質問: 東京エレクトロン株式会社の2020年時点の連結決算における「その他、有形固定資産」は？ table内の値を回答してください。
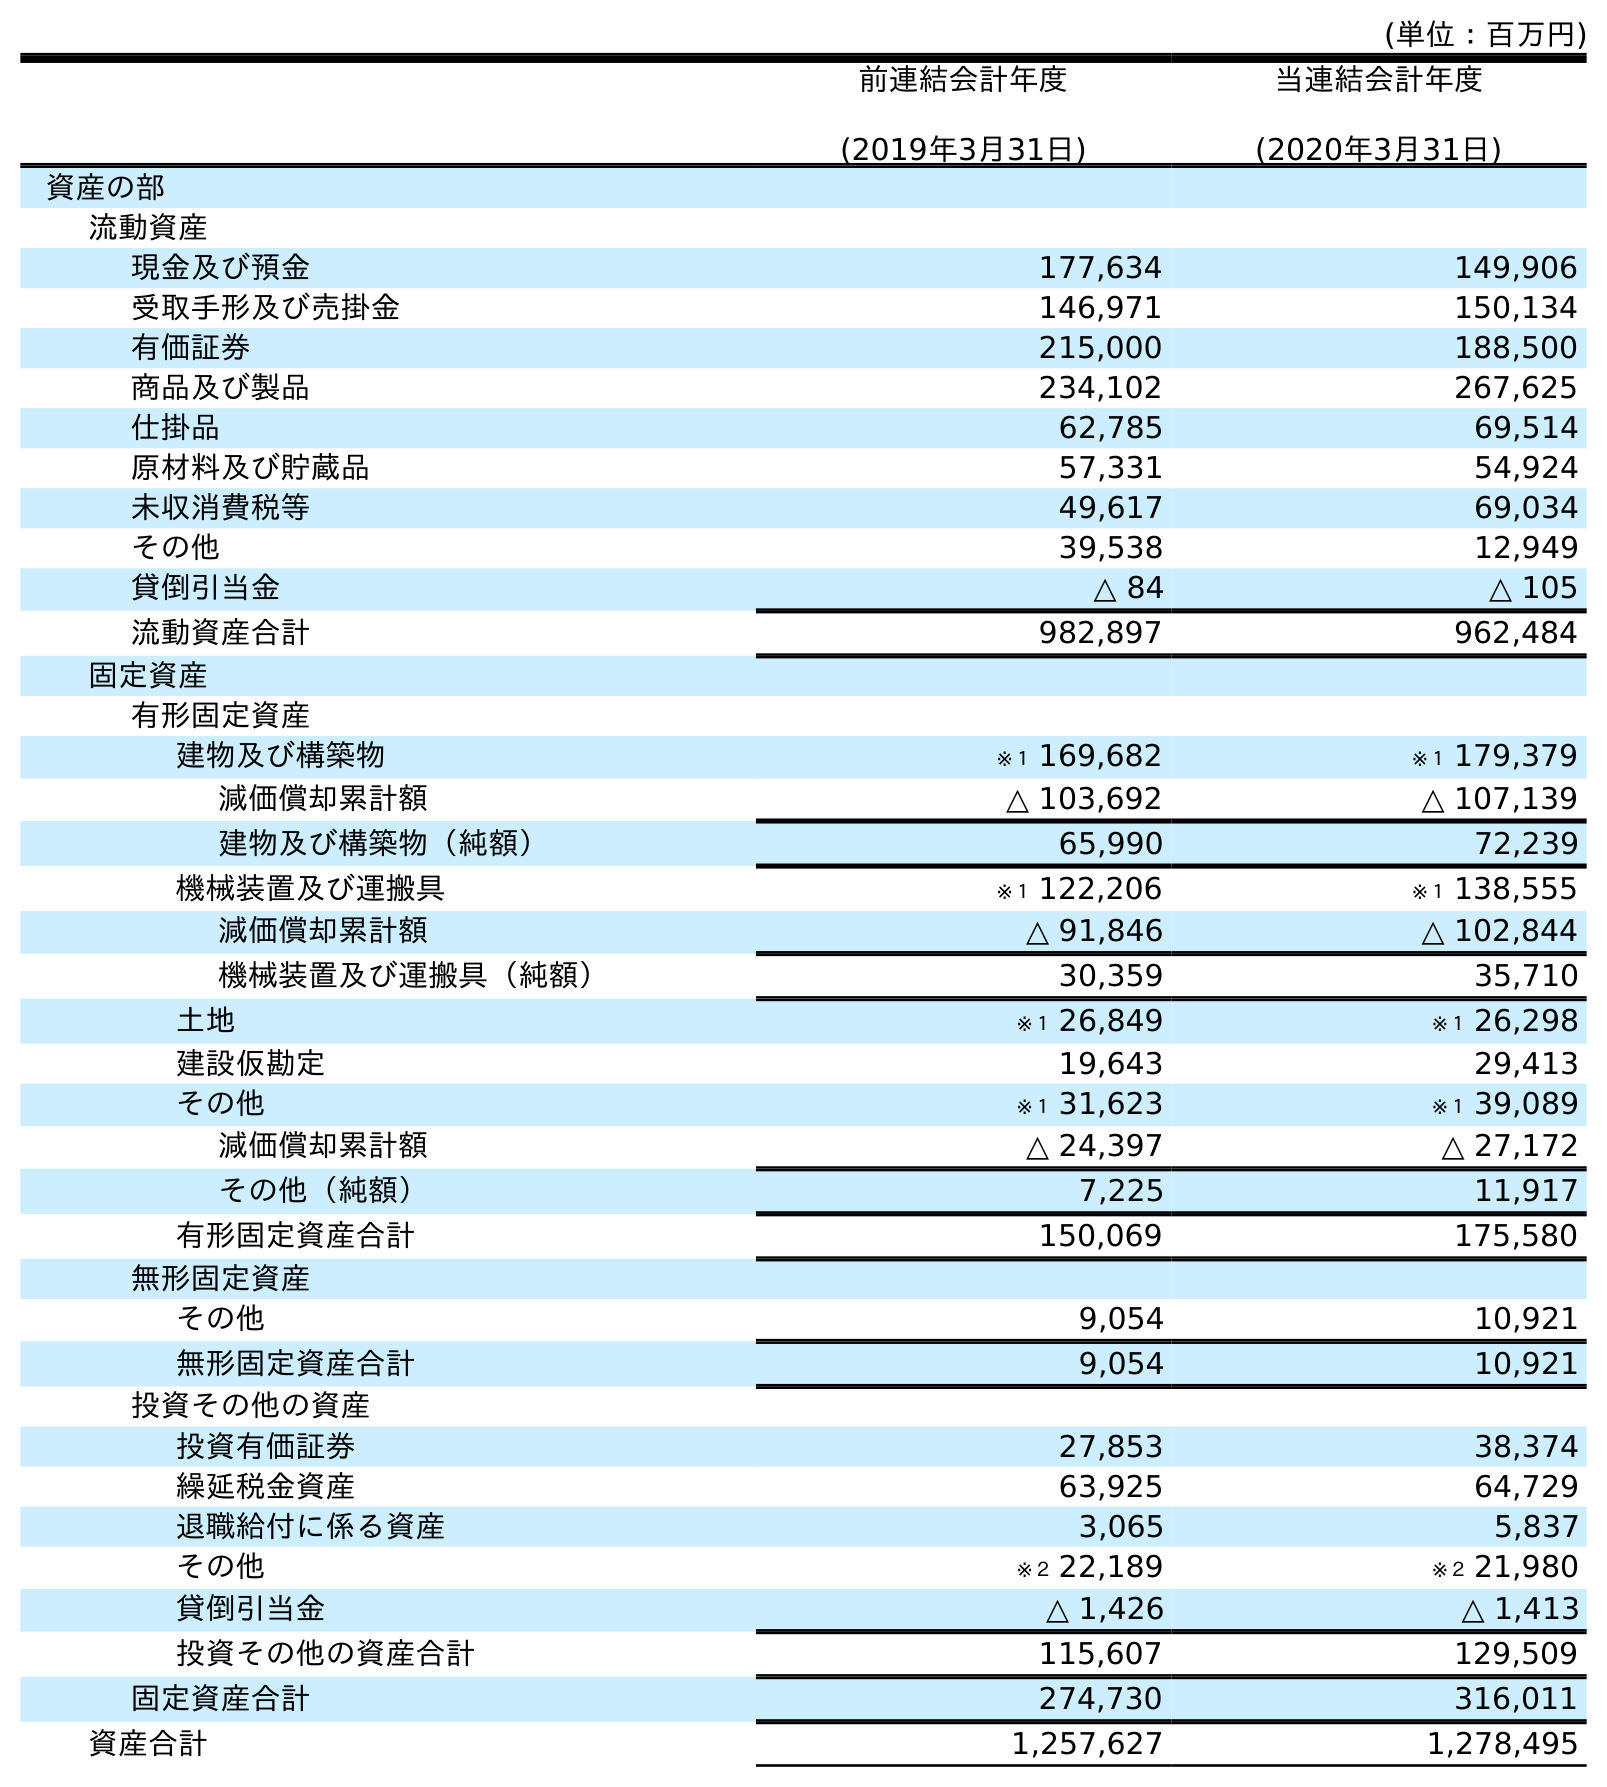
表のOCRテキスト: (単位：百万円) 前連結会計年度 (2019年3月31日) 当連結会計年度 (2020年3月31日) 資産の部 流動資産 現金及び預金 177,634 149,906 受取手形及び売掛金 146,971 150,134 有価証券 215,000 188,500 商品及び製品 234,102 267,625 仕掛品 62,785 69,514 原材料及び貯蔵品 57,331 54,924 未収消費税等 49,617 69,034 その他 39,538 12,949 貸倒引当金 △ 84 △ 105 流動資産合計 982,897 962,484 固定資産 有形固定資産 建物及び構築物 ※１ 169,682 ※１ 179,379 減価償却累計額 △ 103,692 △ 107,139 建物及び構築物（純額） 65,990 72,239 機械装置及び運搬具 ※１ 122,206 ※１ 138,555 減価償却累計額 △ 91,846 △ 102,844 機械装置及び運搬具（純額） 30,359 35,710 土地 ※１ 26,849 ※１ 26,298 建設仮勘定 19,643 29,413 その他 ※１ 31,623 ※１ 39,089 減価償却累計額 △ 24,397 △ 27,172 その他（純額） 7,225 11,917 有形固定資産合計 150,069 175,580 無形固定資産 その他 9,054 10,921 無形固定資産合計 9,054 10,921 投資その他の資産 投資有価証券 27,853 38,374 繰延税金資産 63,925 64,729 退職給付に係る資産 3,065 5,837 その他 ※２ 22,189 ※２ 21,980 貸倒引当金 △ 1,426 △ 1,413 投資その他の資産合計 115,607 129,509 固定資産合計 274,730 316,011 資産合計 1,257,627 1,278,495
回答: ※１39,089